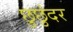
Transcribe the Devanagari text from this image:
छुछुंदर